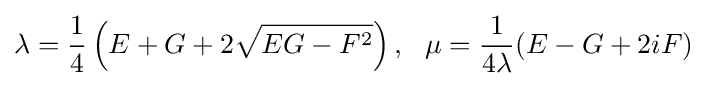
\lambda ={\frac {1}{4}}\left(E+G+2{\sqrt {EG-F^{2}}}\right),\ \ \mu ={\frac {1}{4\lambda }}(E-G+2iF)